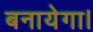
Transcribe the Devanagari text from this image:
बनायेगा।